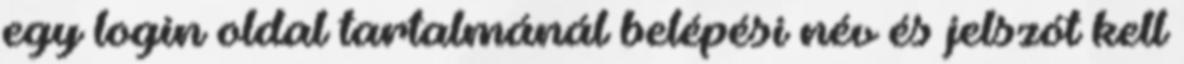
egy login oldal tartalmánál belépési név és jelszót kell